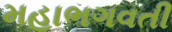
મહાભગવતી